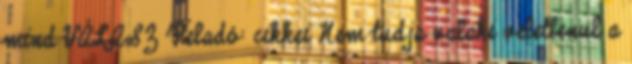
mind VÁLASZ Feladó: cikkei Nem tudja valaki veletlenul a